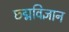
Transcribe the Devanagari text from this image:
छ्द्मविज्ञान